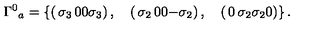
{ \Gamma ^ { 0 } } _ { a } = \left\{ \left( \begin{matrix} { \sigma _ { 3 } } & { 0 } \\ { 0 } & { \sigma _ { 3 } } \\ \end{matrix} \right) , \quad \left( \begin{matrix} { \sigma _ { 2 } } & { 0 } \\ { 0 } & { - \sigma _ { 2 } } \\ \end{matrix} \right) , \quad \left( \begin{matrix} { 0 } & { \sigma _ { 2 } } \\ { \sigma _ { 2 } } & { 0 } \\ \end{matrix} \right) \right\} .